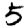
Digit: 5